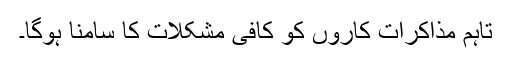
تاہم مذاکرات کاروں کو کافی مشکلات کا سامنا ہوگا۔